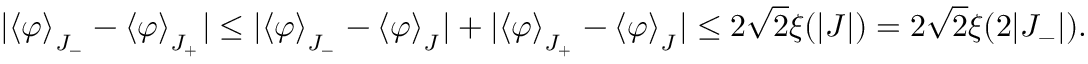
| \langle \varphi \rangle _ { _ { \scriptstyle J _ { - } } } - \langle \varphi \rangle _ { _ { \scriptstyle J _ { + } } } | \leq | \langle \varphi \rangle _ { _ { \scriptstyle J _ { - } } } - \langle \varphi \rangle _ { _ { \scriptstyle J } } | + | \langle \varphi \rangle _ { _ { \scriptstyle J _ { + } } } - \langle \varphi \rangle _ { _ { \scriptstyle J } } | \leq 2 \sqrt { 2 } \xi ( | J | ) = 2 \sqrt { 2 } \xi ( 2 | J _ { - } | ) .